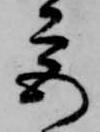
宮